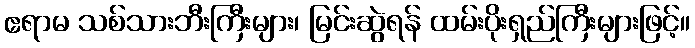
ဧရာမ သစ်သားဘီးကြီးများ၊ မြင်းဆွဲရန် ထမ်းပိုးရှည်ကြီးများဖြင့်။